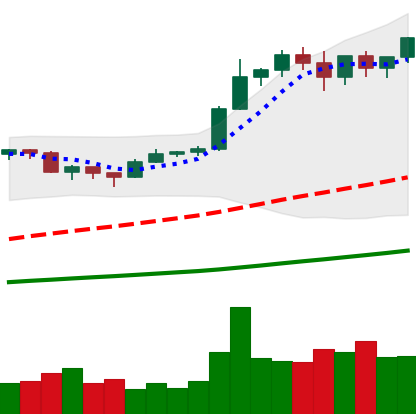
Ticker: BTC-USD
Chart end date: 2020-12-25
Forward return: 16.932%
Label: up_7plus